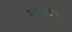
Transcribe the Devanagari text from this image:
फलका